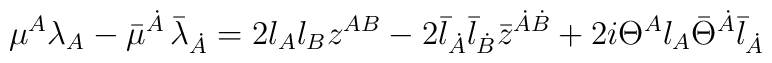
{\mu}{}^{A} \lambda_{A} -  \bar{\mu}{}^{\dot{A}} \, {\bar{\lambda}}_{\dot{A}} = 2\l_A \l_B z^{AB} - 2 \bar{\l}_{\dot{A}}\bar{\l}_{\dot{B}} \bar{z}^{\dot{A}\dot{B}}+ 2i \Theta^A \l_A \bar{\Theta}^{\dot{A}}\bar{\l}_{\dot{A}}